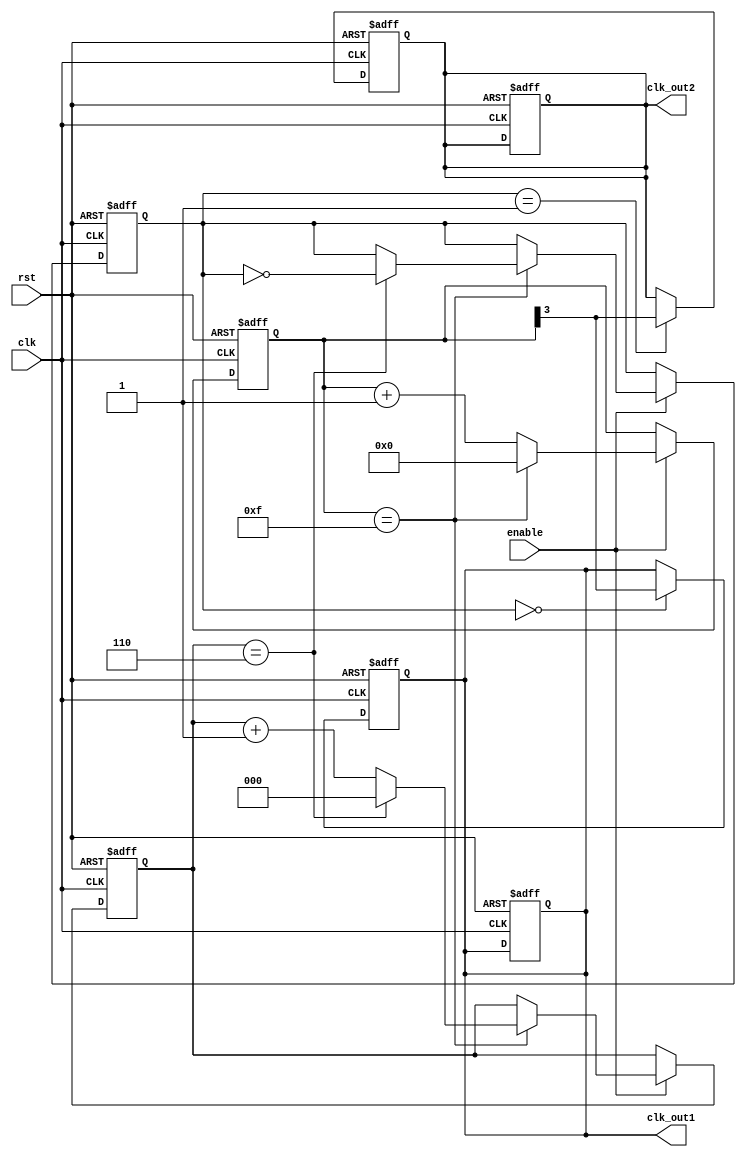
module DualModulusClockDivider (
    input wire clk,
    input wire rst,
    input wire enable,
    output reg clk_out1,
    output reg clk_out2
);

reg [3:0] count1;
reg [2:0] count2;
reg [1:0] select;

always @(posedge clk or posedge rst) begin
    if (rst) begin
        count1 <= 4'h0;
        count2 <= 3'h0;
        select <= 2'h0;
        clk_out1 <= 1'b0;
        clk_out2 <= 1'b0;
    end else begin
        if (enable) begin
            count1 <= count1 + 1;
            if (count1 == 4'hf) begin
                count1 <= 4'h0;
                count2 <= count2 + 1;
                if (count2 == 3'h6) begin
                    count2 <= 3'h0;
                    select <= ~select;
                end
            end
        end
    end
end

always @(posedge clk or posedge rst) begin
    if (rst) begin
        clk_out1 <= 1'b0;
        clk_out2 <= 1'b0;
    end else begin
        case(select)
            2'h0: clk_out1 <= count1[3];
            2'h1: clk_out2 <= count1[3];
        endcase
    end
end

endmodule